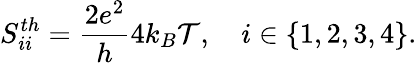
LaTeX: {S_{ii}^{th}=\frac{2e^{2}}{h}4k_{B}\mathcal{T},\quad i\in\{ 1,2,3,4\} }.